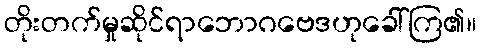
တိုးတက်မှုဆိုင်ရာဘောဂဗေဒဟုခေါ်ကြ၏။